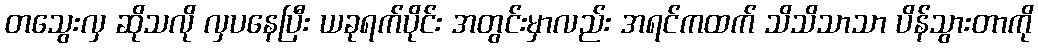
တသွေးလှ ဆိုသလို လှပနေပြီး ယခုရက်ပိုင်း အတွင်းမှာလည်း အရင်ကထက် သိသိသာသာ ပိန်သွားတာကို